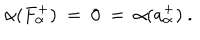
\alpha ( F _ { \alpha } ^ { + } ) ~ = ~ 0 ~ = ~ \alpha ( a _ { \alpha } ^ { + } ) ~ .